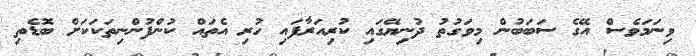
ވިނަމަވެސް އޭގެ ސަބަބުން މިވަގުތު ދުނިޔޭގައި ކުރިއަރާފައި ހުރި އެތައް ކުންފުންނިތަކަކަށް ބޮޑެތި